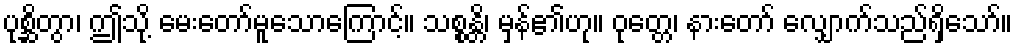
ပုစ္ဆိတွာ၊ ဤသို့ မေးတော်မူသောကြောင့်။ သစ္စန္တိ၊ မှန်၏ဟု။ ဝုတ္တေ၊ နားတော် လျှောက်သည်ရှိသော်။